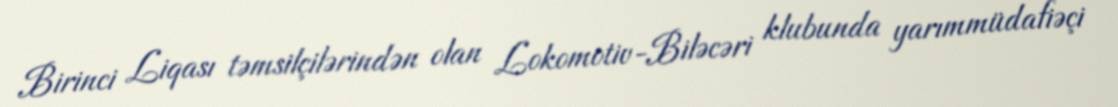
Birinci Liqası təmsilçilərindən olan Lokomotiv-Biləcəri klubunda yarımmüdafiəçi